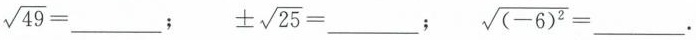
$$\sqrt{49}=___$$; $$\pm \sqrt{25}=___$$; $$\sqrt{(-6)^{2}}=___$$.